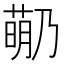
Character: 𬝡